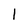
Character: 1